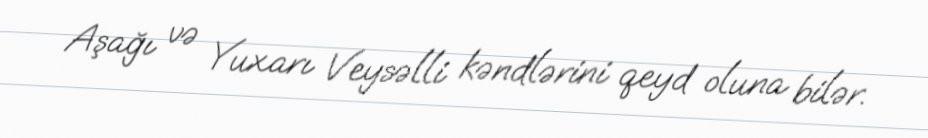
Aşağı və Yuxarı Veysəlli kəndlərini qeyd oluna bilər.